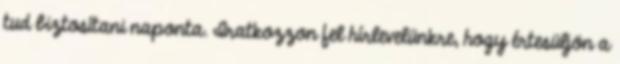
tud biztosítani naponta. Iratkozzon fel hírlevelünkre, hogy értesüljön a